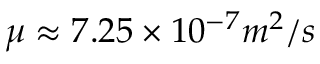
\mu \approx 7 . 2 5 \times 1 0 ^ { - 7 } m ^ { 2 } / s